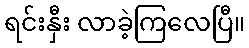
ရင်းနှီး လာခဲ့ကြလေပြီ။